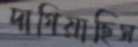
দাগিয়াছিস